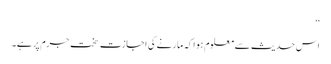
‘‘
اس حدیث سے معلوم ہوا کہ مارنے کی اجازت سخت جرم پر ہے۔